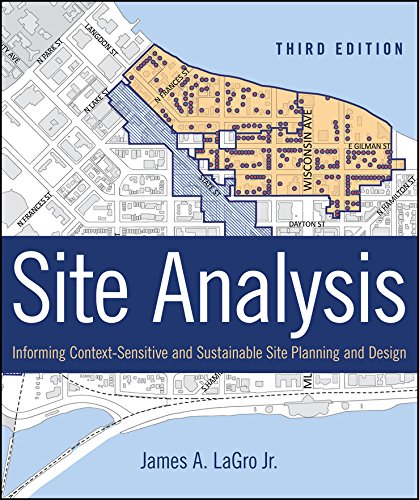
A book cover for Site Analysis: Informing Context-Sensitive and Sustainable Site Planning and Design; James A. LaGro Jr.; Arts & Photography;